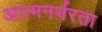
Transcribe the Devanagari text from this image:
आत्मनर्भरता